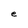
Character: e